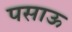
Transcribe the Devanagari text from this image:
पसाऊ